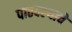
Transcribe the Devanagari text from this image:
पाठवल्याचे